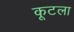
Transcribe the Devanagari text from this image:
कूटला